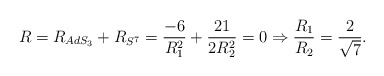
\begin{align*}R=R_{AdS_3}+R_{S^7}={-6\over R_1^2}+{21\over 2R_2^2}=0 \Rightarrow {R_1\over R_2}={2\over \sqrt{7}}.\end{align*}